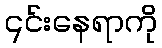
၎င်းနေရာကို